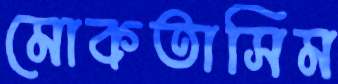
মোকতাসিম